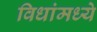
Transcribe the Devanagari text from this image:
विधांमध्ये